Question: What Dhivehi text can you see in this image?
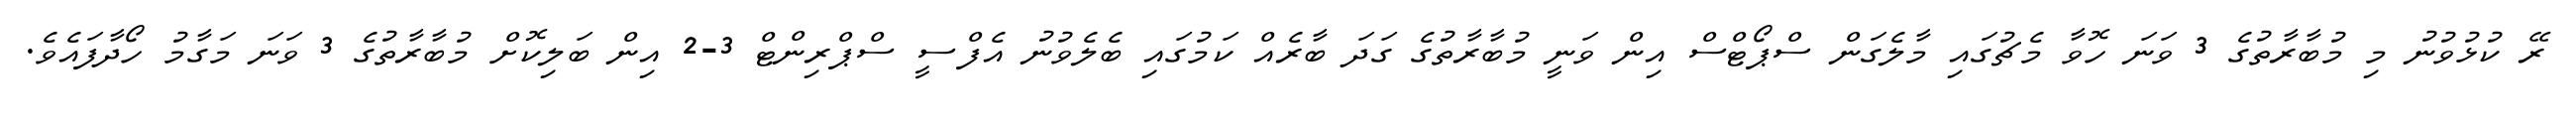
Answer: ރޭ ކުޅުވުނު މި މުބާރާތުގެ 3 ވަނަ ހޮވާ މެޗުގައި މާލެގަން ސްޕޯޓްސް އިން ވަނީ މުބާރާތުގެ ގަދަ ބާރެއް ކަމުގައި ބެލެވުނު އެފްސީ ސްޕްރިންޓް 3-2 އިން ބަލިކޮށް މުބާރާތުގެ 3 ވަނަ މަގާމު ހޯދާފައެވެ.